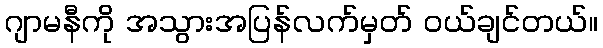
ဂျာမနီကို အသွားအပြန်လက်မှတ် ဝယ်ချင်တယ်။